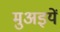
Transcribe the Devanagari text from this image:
मुअइयें